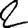
Digit: 2